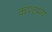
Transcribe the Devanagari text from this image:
कण्टमय